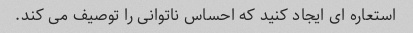
استعاره ای ایجاد کنید که احساس ناتوانی را توصیف می کند.